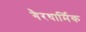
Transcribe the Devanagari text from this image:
गैरधार्मिक